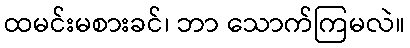
ထမင်းမစားခင်၊ ဘာ သောက်ကြမလဲ။